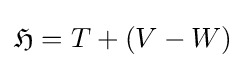
{\mathfrak {H}}=T+(V-W)